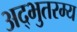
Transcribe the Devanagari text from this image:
अद्भुतरम्य